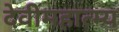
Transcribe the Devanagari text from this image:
देवीमहात्म्य